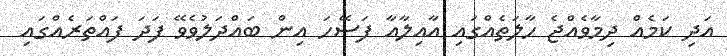
އަދި ކަމެއް ދިމާވެއްޖެ ހާލަތެއްގައި އާއިލާއާ ފަސޭހަ އިން ބައްދަލުވެވޭ ފަދަ ފައްތަރެއްގައި